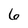
Character: 6